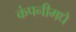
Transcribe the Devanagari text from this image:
कंपनीमधे